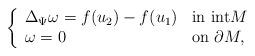
LaTeX: \begin{align*}\left\{\begin{array}{ll}\Delta_\Psi \omega =f(u_2)-f(u_1) & \textnormal{in int}M\\\omega=0 & \textnormal{on}\ \partial M,\end{array}\right.\end{align*}